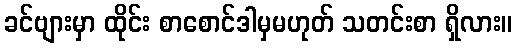
ခင်ဗျားမှာ ထိုင်း စာစောင်ဒါမှမဟုတ် သတင်းစာ ရှိလား။